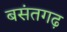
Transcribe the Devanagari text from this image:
बसंतगढ़